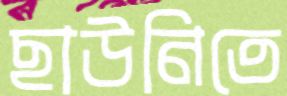
ছাউনিতে